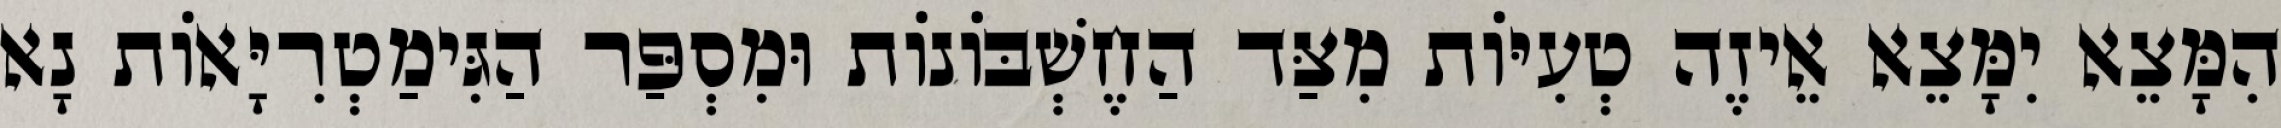
הִמָּצֵא יִמָּצֵא אֵיזֶה טְעִיּוֹת מִצַּד הַחֶשְׁבּוֹנוֹת וּמִסְפַּר הַגִּימַטְרִיָּאוֹת נָא